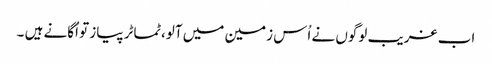
اب غریب لوگوں نے اُس زمین میں آلو،ٹماٹر پیاز تو اُگانے ہیں ۔